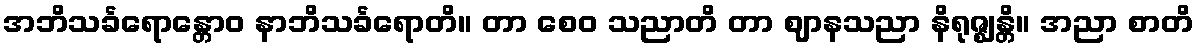
အဘိသင်္ခရောန္တောဝ နာဘိသင်္ခရောတိ။ တာ စေဝ သညာတိ တာ ဈာနသညာ နိရုဇ္ဈန္တိ။ အညာ စာတိ